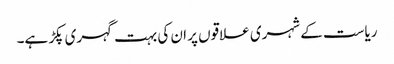
ریاست کے شہری علاقوں پر ان کی بہت گہری پکڑ ہے۔